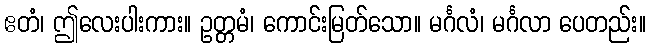
ဧတံ၊ ဤလေးပါးကား။ ဥတ္တမံ၊ ကောင်းမြတ်သော။ မင်္ဂလံ၊ မင်္ဂလာ ပေတည်း။